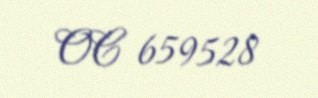
OC 659528